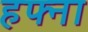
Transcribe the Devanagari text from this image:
हफ्ना